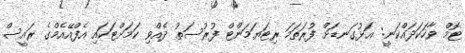
ޓޮމް ވާހަކަދައްކަނީ: އަޅުގަނޑަށް ފުރަތަމަ ރިޓަޔަމަންޓް ފުރުސަތު ދެއްވި ކަމަށްޓަކައި އެފްއޭއެމްގެ ރައީސް